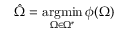
\hat { { \Omega } } = \operatorname * { a r g m i n } _ { { \Omega } \in { \Omega ^ { * } } } \phi ( { \Omega } )